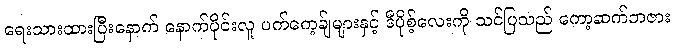
ရေးသားထားပြီးနောက် နောက်ပိုင်းလူ ပက်ကေ့ခ်ျများနှင့် ဒီပိုစ့်လေးကို သင်ပြသည် ကော့ဆက်ဘဇား